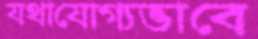
যথাযোগ্যভাবে